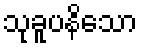
သုခူပနိသော